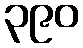
၃၉၀